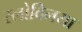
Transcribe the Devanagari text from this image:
स्लोवेिनया